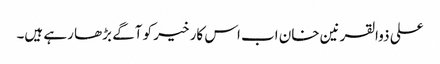
علی ذوالقرنین خان اب اس کار خیر کو آگے بڑھا رہے ہیں۔